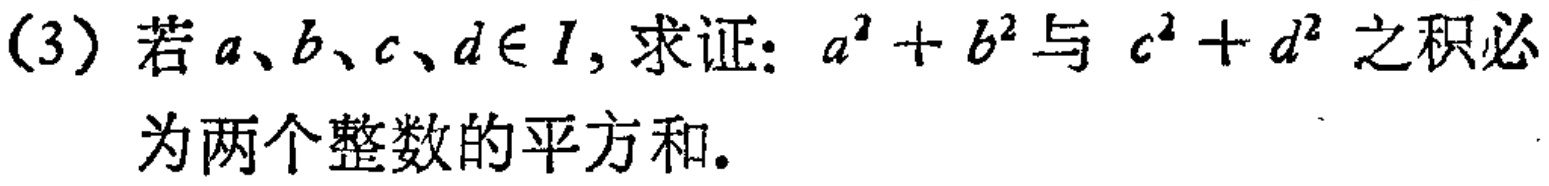
(3) 若\(a、b、c、d\in I\), 求证：\(a^{2}+b^{2}\)与\(c^{2}+d^{2}\)之积必为两个整数的平方和.